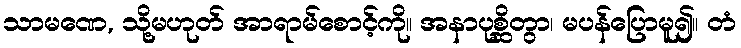
သာမဏေ, သို့မဟုတ် အာရာမ်စောင့်ကို။ အနာပုစ္ဆိတွာ၊ မပန်ပြောမူ၍။ တံ